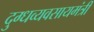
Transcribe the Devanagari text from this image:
दुग्धव्यवसायमंत्री